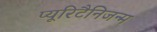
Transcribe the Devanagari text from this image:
प्यूरिटैनिजन्म